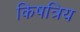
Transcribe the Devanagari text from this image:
किषत्रिय